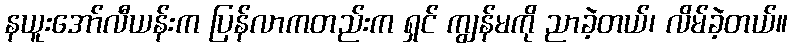
နယူးအော်လီယန်းက ပြန်လာကတည်းက ရှင် ကျွန်မကို ညာခဲ့တယ်၊ လိမ်ခဲ့တယ်။